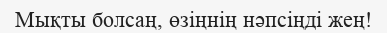
Мықты болсаң, өзіңнің нәпсіңді жең!